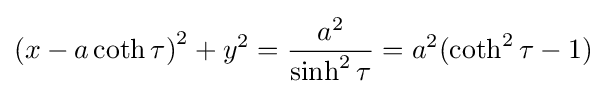
\left(x-a\coth \tau \right)^{2}+y^{2}={\frac {a^{2}}{\sinh ^{2}\tau }}=a^{2}(\coth ^{2}\tau -1)